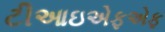
ટીઆઇએફએફ